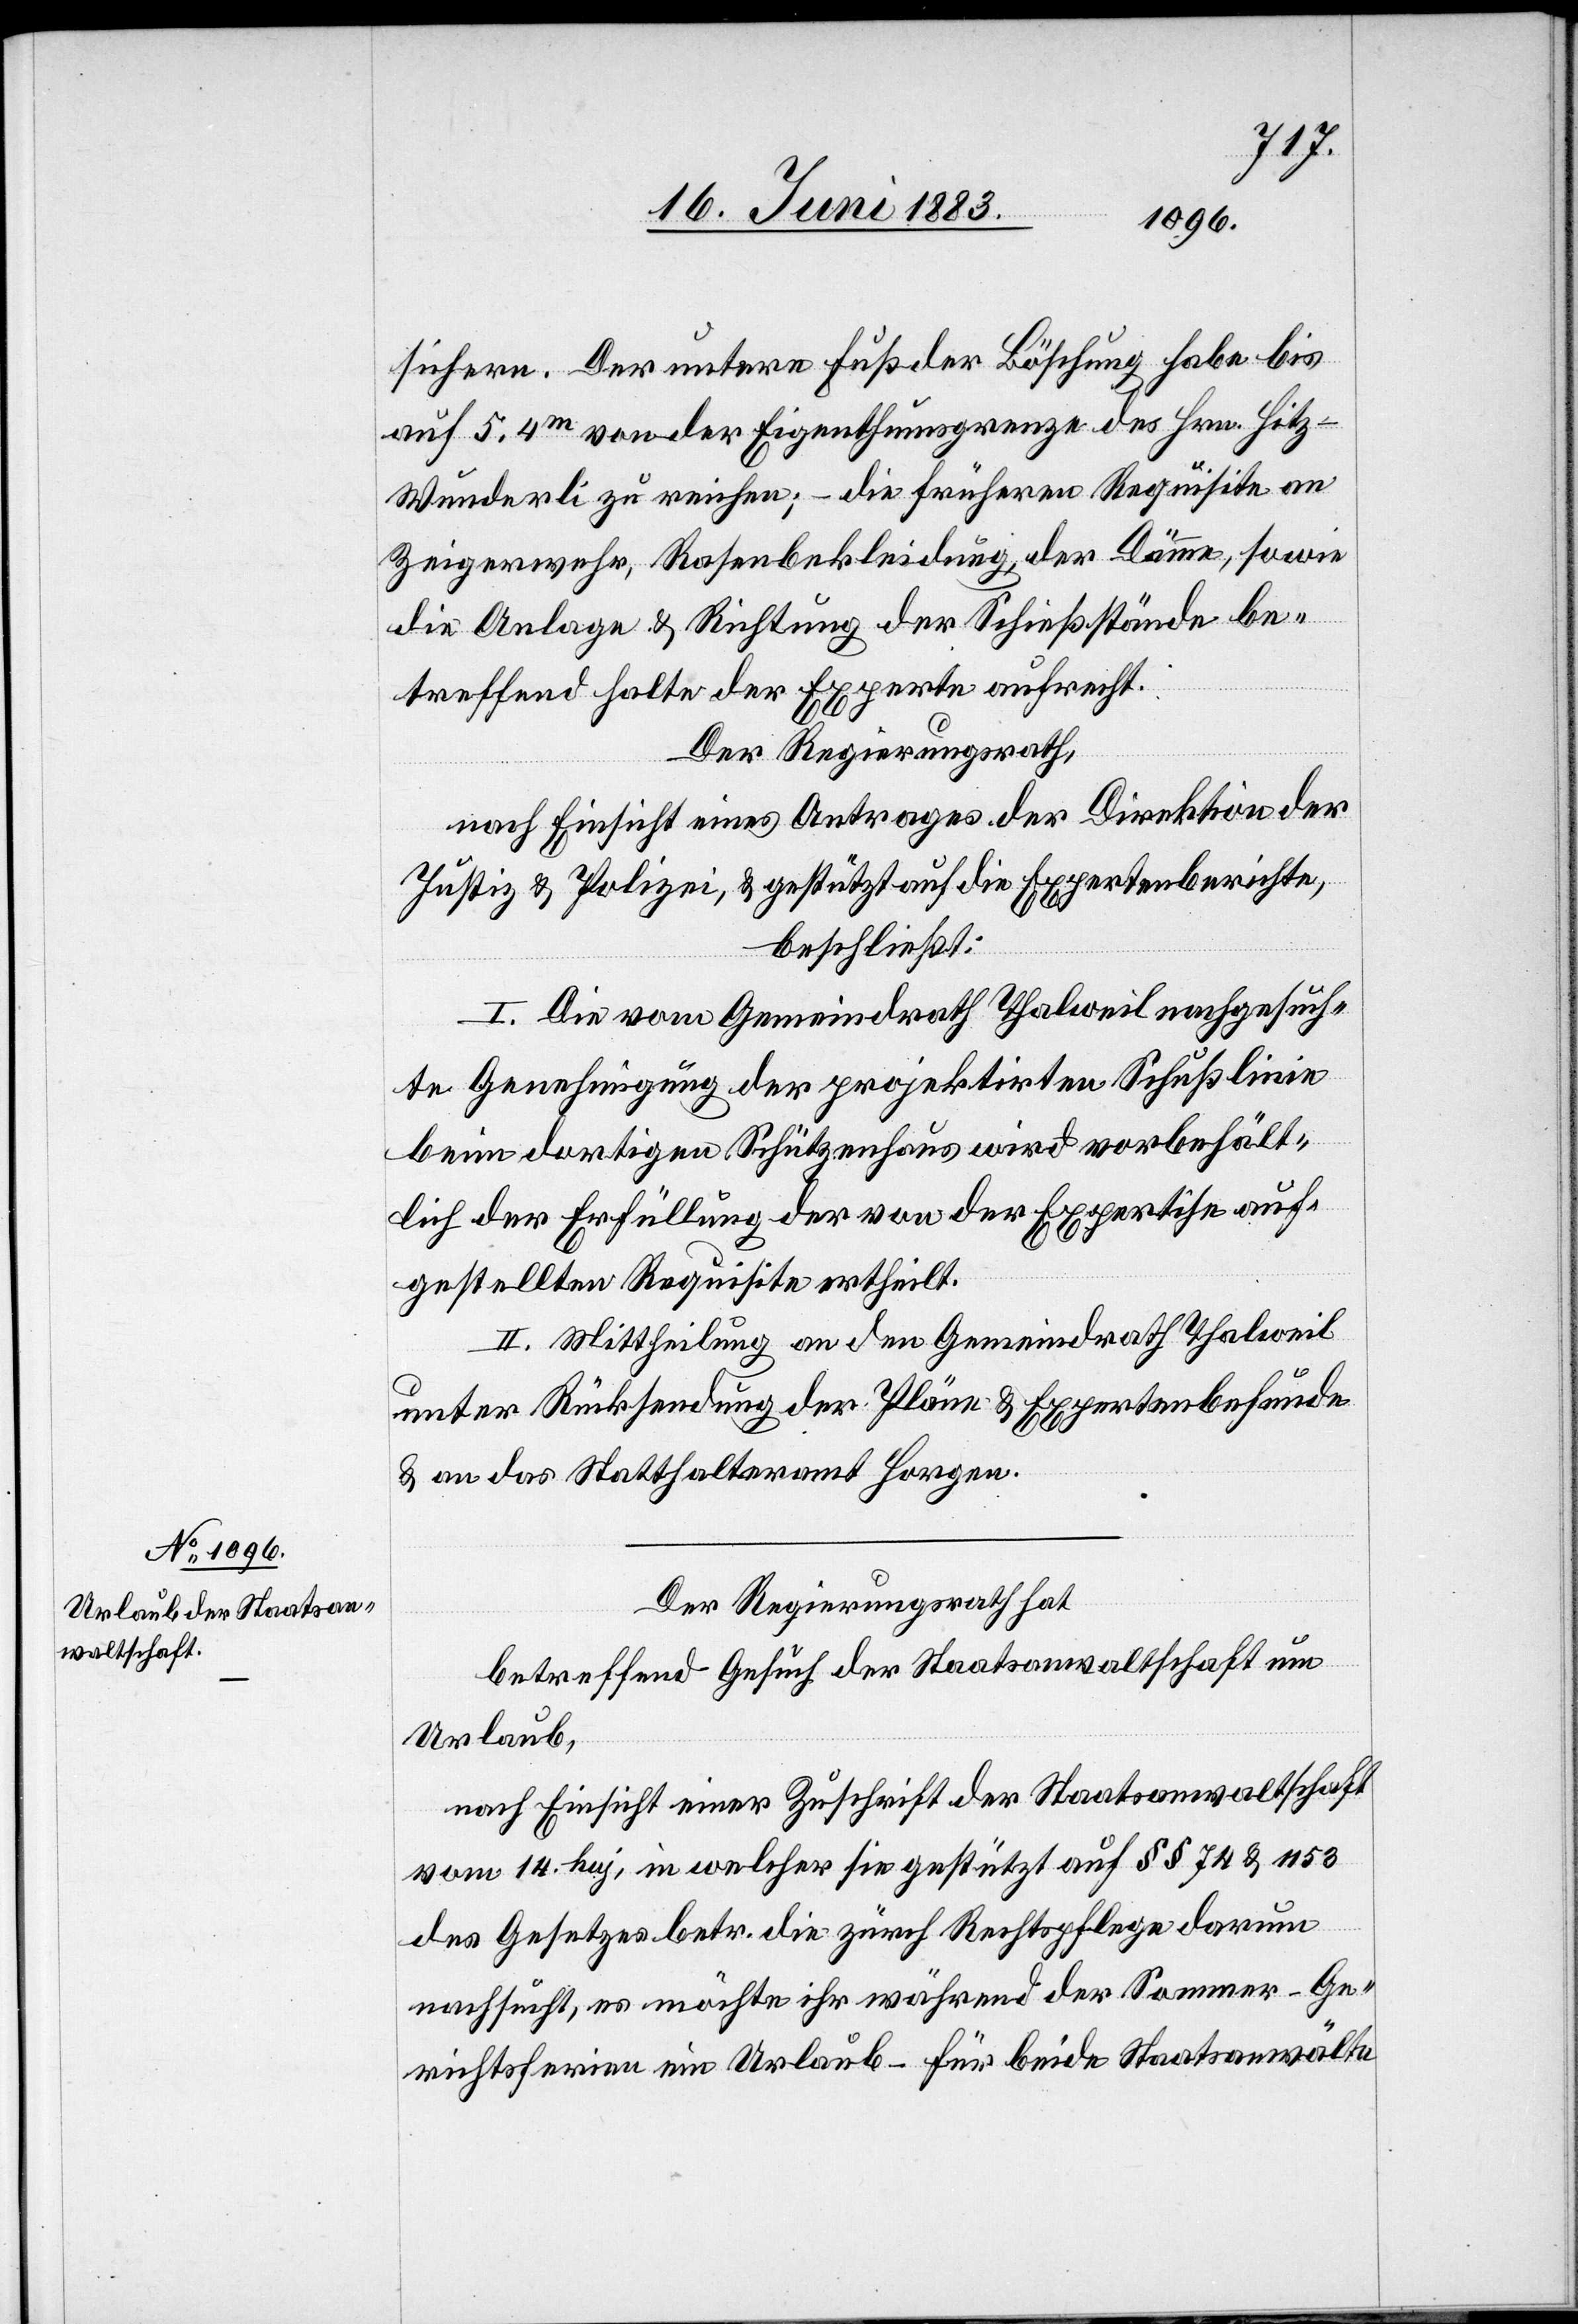
sichern. Der untere Fuß der Böschung habe bis
auf 5.4m von der Eigenthumsgrenze des Hrn. Hit¬
z-Wunderli zu reichen; – die frühern Requisite an
Zeigerwehr, Rasenbekleidung, der Dämme, sowie
die Anlage & Richtung der Schießstände be¬
treffend hatte der Experte aufrecht.
Der Regierungsrath,
nach Einsicht eines Antrages der Direktion der
Justiz & Polizei, & gestützt auf die Expertenberichte,
beschließt:
I. Die vom Gemeindrath Thalweil nachgesuch¬
te Genehmigung der projektirten Schußlinie
beim dortigen Schützenhaus wird vorbehält¬
lich der Erfüllung der von der Expertise auf¬
gestellten Requisite ertheilt.
II. Mittheilung an den Gemeindrath Thalweil
unter Rücksendung der Pläne & Expertenbefunde
& an das Statthalteramt Horgen.
Der Regierungsrath hat
betreffend Gesuch der Staatsanwaltschaft um
Urlaub,
nach Einsicht einer Zuschrift der Staatsanwaltschaft
vom 14. huj, in welcher sie gestützt auf §§ 74 & 1153
des Gesetzes betr. die zürch. Rechtspflege darum
nachsucht, es möchte ihr während der Sommer-Ge¬
richtsferien ein Urlaub – für beide Staatsanwälte